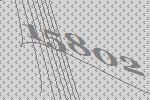
15802